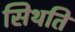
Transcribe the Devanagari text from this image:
सिथति